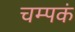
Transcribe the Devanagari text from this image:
चम्पकं